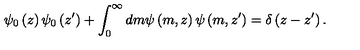
\psi _ { 0 } \left( z \right) \psi _ { 0 } \left( z ^ { \prime } \right) + \int _ { 0 } ^ { \infty } d m \psi \left( m , z \right) \psi \left( m , z ^ { \prime } \right) = \delta \left( z - z ^ { \prime } \right) .